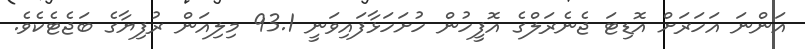
އަންނަ އަހަރަށް އޮޑިޓަ ޖެނެރަލްގެ އޮފީހުން ހުށަހަޅާފައިވަނީ 93.1 މިލިއަން ރުފިޔާގެ ބަޖެޓެކެވެ.